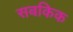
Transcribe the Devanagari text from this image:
सबकिक